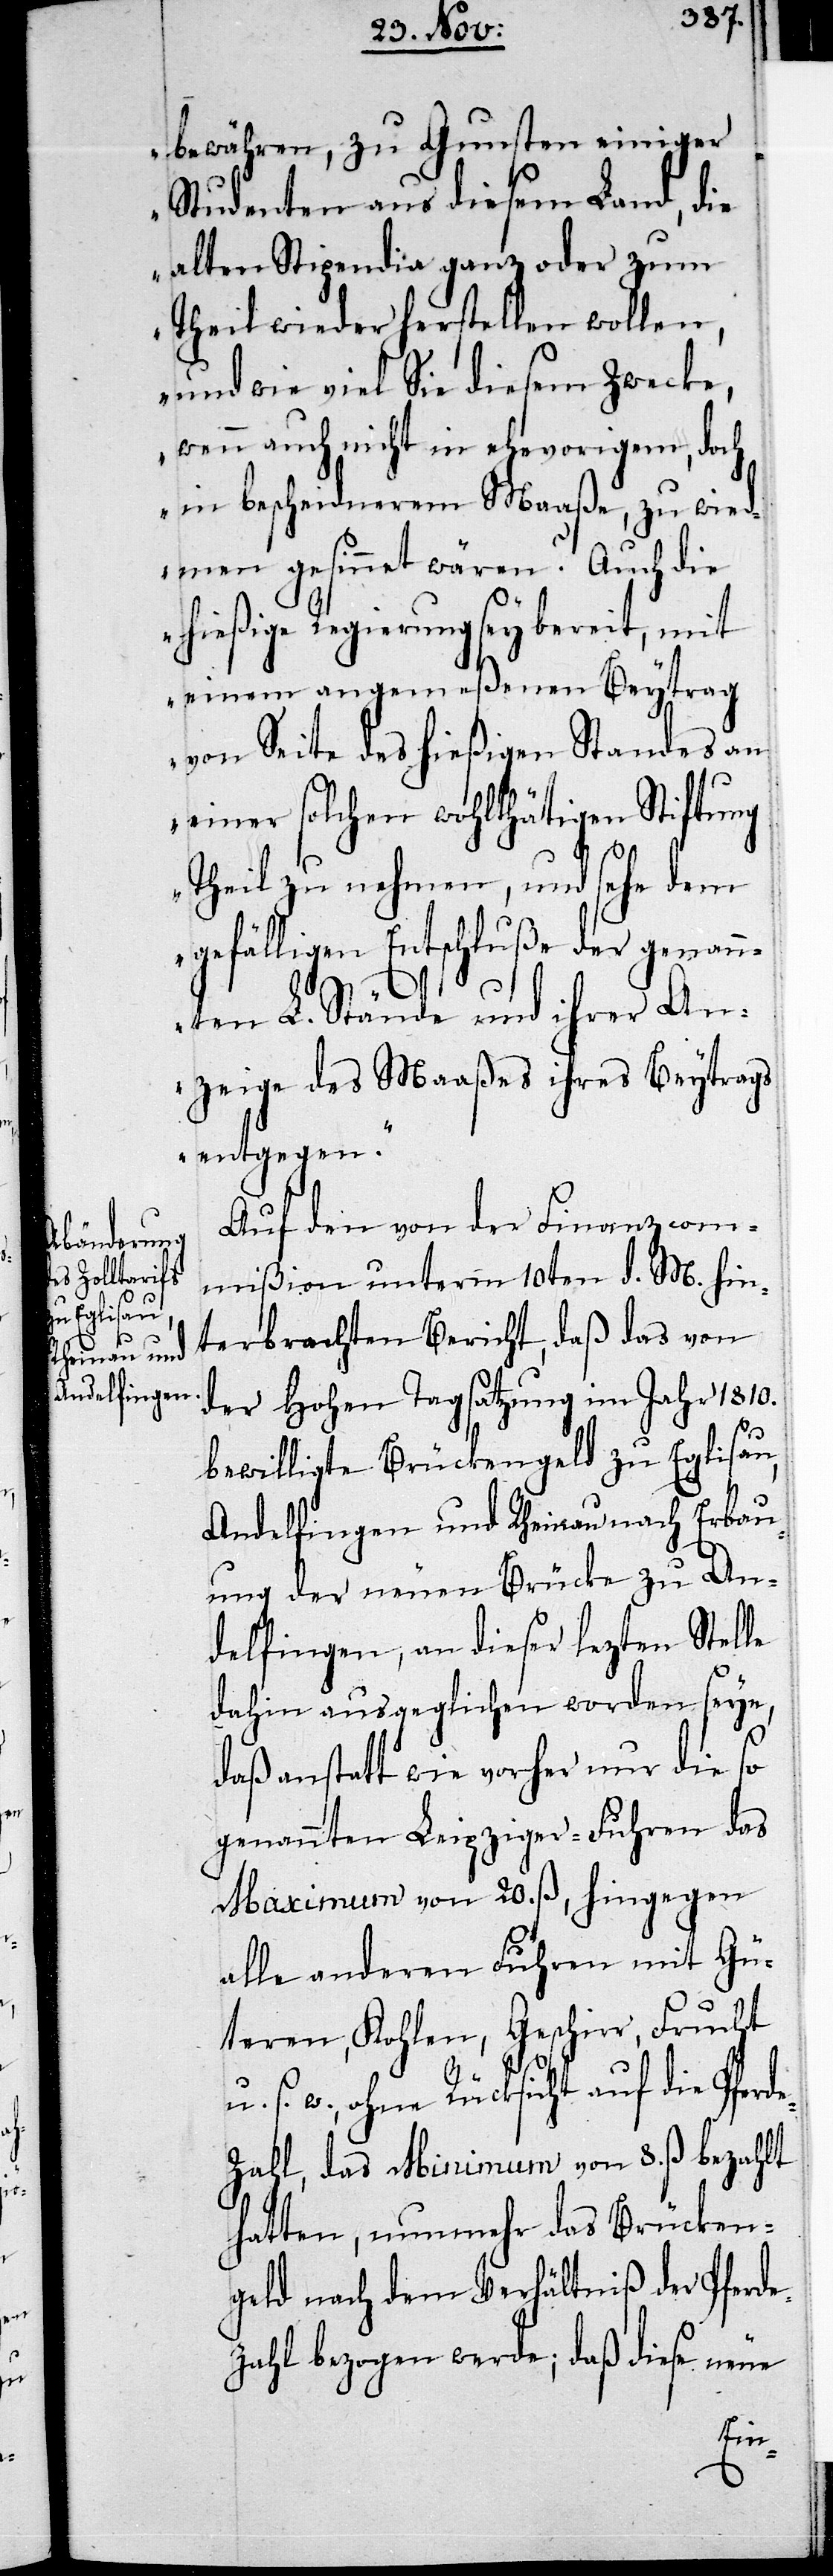
bewähren, zu Gunsten einiger
Studenten aus diesem Land, die
alten Stipendia ganz oder zum
Theil wieder herstellen wollen,
und wie viel Sie diesem Zwecke,
wenn auch nicht in ehevorigem, doch
in bescheidnerem Maaße, zu wied¬
men gesinnet wären? Auch die
hießige Regierung sey bereit, mit
einem angemeßenen Beytrag
von Seite des hießigen Standes an
einer solchen wohlthätigen Stiftung
Theil zu nehmen, und sehe dem
gefälligen Entschluße der genann¬
ten L. Stände und ihrer An¬
zeige des Maaßes ihres Beytrags
entgegen.“
Auf den von der Finanzcom¬
mißion unterm 10ten d. M. hin¬
terbrachten Bericht, daß das von
der Hohen Tagsatzung im Jahr 1810.
bewilligte Brückengeld zu Eglisau,
Andelfingen und Rheinau nach Erbau¬
ung der neuen Brücke zu An¬
delfingen, an dieser lezten Stelle
dahin ausgeglichen worden seye,
daß anstatt wie vorher nur die so
genannten Leipziger-Fuhren das
Maximum von 20. ß, hingegen
alle anderen Fuhren mit Gü¬
teren, Kohlen, Geschirr, Frucht
u.s.w., ohne Rücksicht auf die Pferd¬
e-Zahl, das Minimum von 8. ß bezahlt
hatten, nunmehr das Brücken¬
geld nach dem Verhältniß der Pferde¬
zahl bezogen werde; daß diese neue